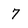
Character: 7